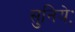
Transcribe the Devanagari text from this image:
सुनियेः